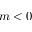
m < 0